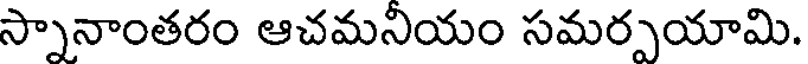
స్నానాంతరం ఆచమనియం సమర్పయామి.